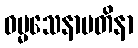
ဓမ္မသေနာပတိနာ